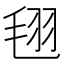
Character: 𣭜